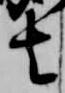
去